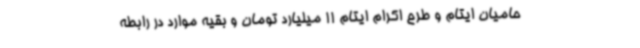
حامیان ایتام و طرح اکرام ایتام 11 میلیارد تومان و بقیه موارد در رابطه